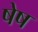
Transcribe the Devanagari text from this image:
षेष